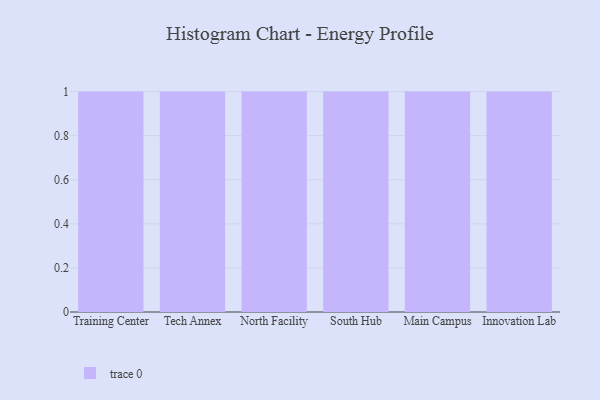
{"axis": {"x": "Campus", "y": "Demand Index"}, "legend": [""], "data": [{"x": "Training Center", "y": 77, "type": ""}, {"x": "Tech Annex", "y": 70, "type": ""}, {"x": "North Facility", "y": 66, "type": ""}, {"x": "South Hub", "y": 97, "type": ""}, {"x": "Main Campus", "y": 97, "type": ""}, {"x": "Innovation Lab", "y": 71, "type": ""}]}